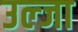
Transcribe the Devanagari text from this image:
उल्जा